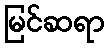
မြင်ဆရာ